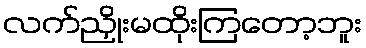
လက်ညှိုးမထိုးကြတော့ဘူး